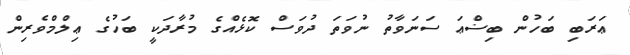
ޢަރަބި ބަހުން ބިޟްޢަ ސަނަވާތު ނުވަތަ ދުވަސް ކޮޅެއްގެ މުރާދަކީ ބަހުގެ ޢިލްމްވެރިން